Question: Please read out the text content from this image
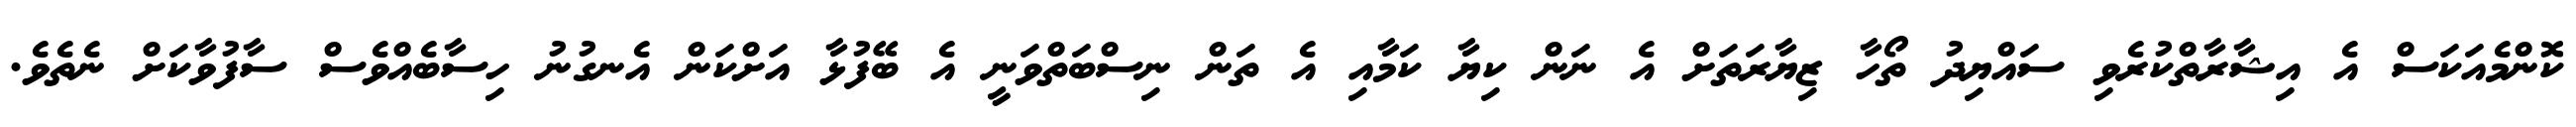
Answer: ކޮންމެއަކަސް އެ އިޝާރާތްކުރެވި ސައްޔިދު ތޯހާ ޒިޔާރަތަށް އެ ނަން ކިޔާ ކަމާއި އެ ތަން ނިސްބަތްވަނީ އެ ބޭފުޅާ އަށްކަން އެނގުނު ހިސާބެއްވެސް ސާފުވާކަށް ނެތެވެ.